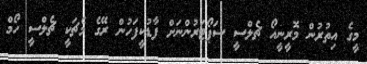
މީގެ އިތުރުން މޮރީނީއޯ ޗެލްސީ ސަޕޯޓަރުންނަށް ފާޑުކީފަހުން ރޭގެ މެޗަކީ ޗެލްސީ ހޯމް